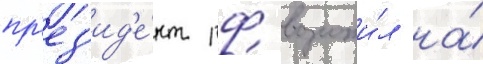
пр'ез'ид'е́нт рф возложи́л на́